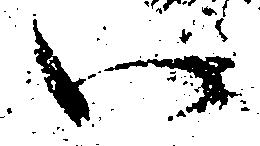
い